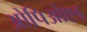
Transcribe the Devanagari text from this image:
ओपिओएड